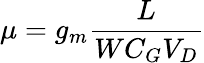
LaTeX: \mu=g_{m}\frac{L}{WC_{G}V_{D}}